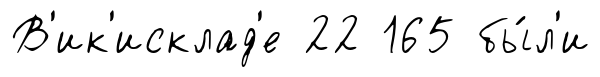
В'ик'исклад'е 22 165 бы́л'и